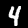
Digit: 4